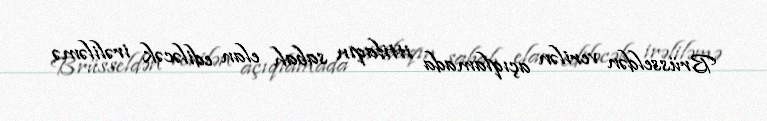
Brüsseldən verilən açıqlamada ittifaqın sabah elan ediləcək irəliləmə